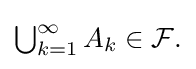
{\textstyle \bigcup _{k=1}^{\infty }A_{k}\in {\mathcal {F}}.}